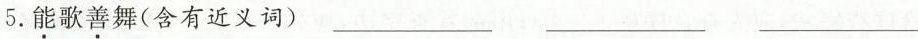
5.能歌善舞（含有近义词）___ ___ ___